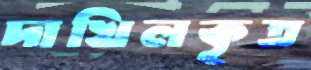
দাখিলকৃত